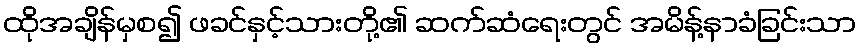
ထိုအချိန်မှစ၍ ဖခင်နှင့်သားတို့၏ ဆက်ဆံရေးတွင် အမိန့်နာခံခြင်းသာ